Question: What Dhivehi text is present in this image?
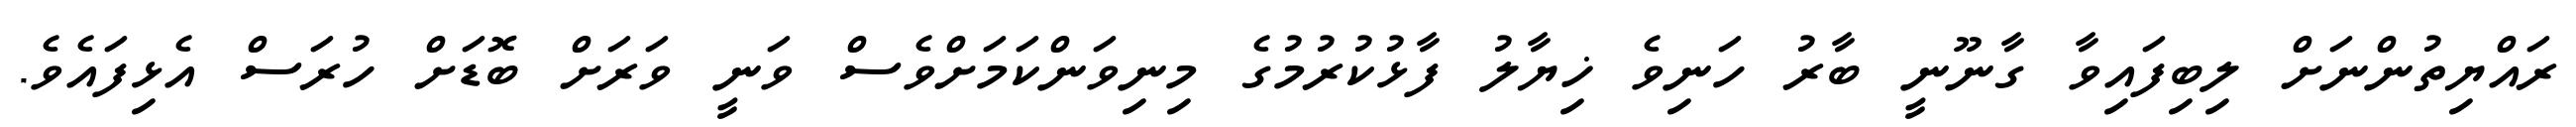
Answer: ރައްޔިތުންނަށް ލިބިފައިވާ ގާނޫނީ ބާރު ހަނިވެ ޚިޔާލު ފާޅުކުރުމުގެ މިނިވަންކަމަށްވެސް ވަނީ ވަރަށް ބޮޑަށް ހުރަސް އެޅިފައެވެ.